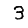
Digit: 3